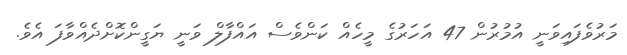
މަރުވެފައިވަނީ އުމުރުން 47 އަހަރުގެ މީހެއް ކަންވެސް އައްފާލް ވަނީ ޔަގީންކޮށްދެއްވާފަ އެވެ.